Insane asylums in Bengal annual reports 1867-1875 - 1867-1875
Year: 1867
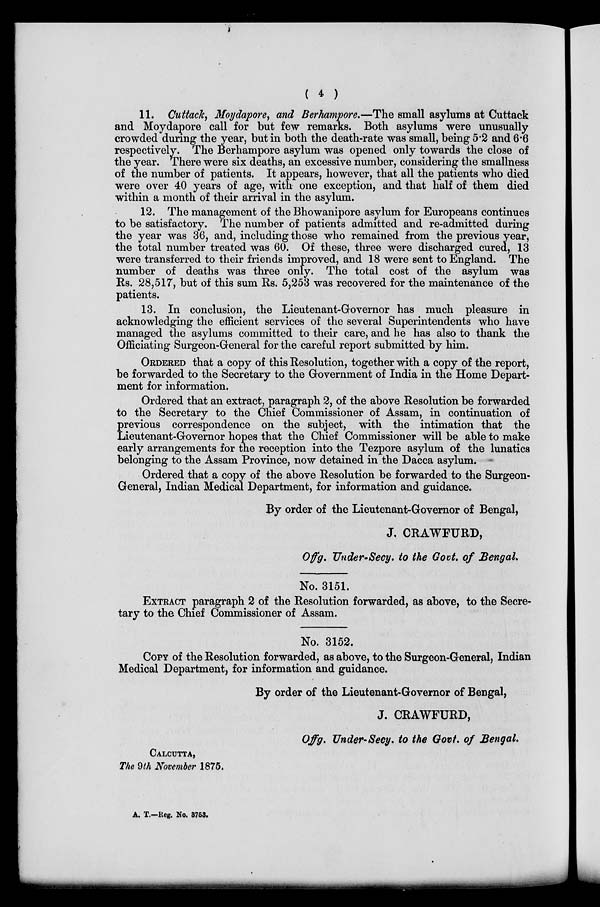
( 4 )
11. Cuttack, Moydapore, and Berhampore.—The small asylums at Cuttack
and Moydapore call for but few remarks. Both asylums were unusually
crowded during the year, but in both the death-rate was small, being 5.2 and 6.6
respectively. The Berhampore asylum was opened only towards the close of
the year. There were six deaths, an excessive number, considering the smallness
of the number of patients. It appears, however, that all the patients who died
were over 40 years of age, with one exception, and that half of them died
within a month of their arrival in the asylum.
12. The management of the Bhowanipore asylum for Europeans continues
to be satisfactory. The number of patients admitted and re-admitted during
the year was 36, and, including those who remained from the previous year,
the total number treated was 60. Of these, three were discharged cured, 13
were transferred to their friends improved, and 18 were sent to England. The
number of deaths was three only. The total cost of the asylum was
Rs. 28,517, but of this sum Rs. 5,253 was recovered for the maintenance of the
patients.
13. In conclusion, the Lieutenant-Governor has much pleasure in
acknowledging the efficient services of the several Superintendents who have
managed the asylums committed to their care, and he has also to thank the
Officiating Surgeon-General for the careful report submitted by him.
ORDERED that a copy of this Resolution, together with a copy of the report,
be forwarded to the Secretary to the Government of India in the Home Depart-
ment for information.
Ordered that an extract, paragraph 2, of the above Resolution be forwarded
to the Secretary to the Chief Commissioner of Assam, in continuation of
previous correspondence on the subject, with the intimation that the
Lieutenant-Governor hopes that the Chief Commissioner will be able to make
early arrangements for the reception into the Tezpore asylum of the lunatics
belonging to the Assam Province, now detained in the Dacca asylum.
Ordered that a copy of the above Resolution be forwarded to the Surgeon-
General, Indian Medical Department, for information and guidance.
By order of the Lieutenant-Governor of Bengal,
J. CRAWFURD,
Offg. Under-Secy. to the Govt. of Bengal.
No. 3151.
EXTRACT paragraph 2 of the Resolution forwarded, as above, to the Secre-
tary to the Chief Commissioner of Assam.
No. 3152.
COPY of the Resolution forwarded, as above, to the Surgeon-General, Indian
Medical Department, for information and guidance.
By order of the Lieutenant-Governor of Bengal,
J. CRAWFURD,
Offg. Under-Secy. to the Govt. of Bengal.
CALCUTTA,
The 9th November 1875.
A. T.—Reg. No. 3753.